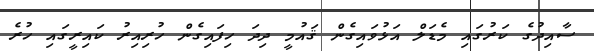
ސާއިދުގެ ކަރުގައި މެޑަލް އަޅުވައިގެން ޤައުމީ ދިދަ ހިފައިގެން ހުރިއިރު ކައިރީގައި ހުރެ